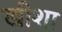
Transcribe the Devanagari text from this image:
खीशा